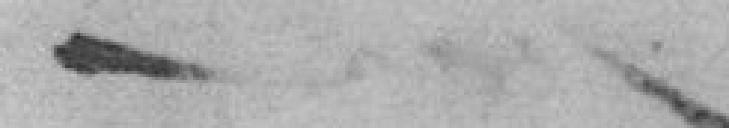
-